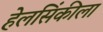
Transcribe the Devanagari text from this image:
हेलसिंकीला